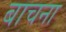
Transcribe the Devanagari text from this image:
बाचना